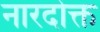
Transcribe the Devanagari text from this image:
नारदोक्त